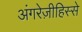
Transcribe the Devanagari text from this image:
अंगरेज़ीहिस्से